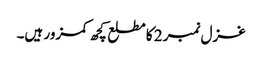
غزل نمبر 2 کا مطلع کچھ کمزور ہیں۔